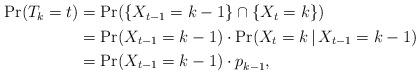
LaTeX: \begin{align*}\begin{aligned}\Pr(T_k = t) &= \Pr( \{ X_{t-1} = k-1\} \cap \{X_t = k \} ) \\ &= \Pr(X_{t-1} = k-1) \cdot \Pr(X_t = k \, \vert \, X_{t-1} = k-1 ) \\ &= \Pr(X_{t-1} = k-1) \cdot p_{k-1}^{},\end{aligned}\end{align*}